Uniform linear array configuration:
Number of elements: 8
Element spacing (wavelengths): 1
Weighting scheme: blackman
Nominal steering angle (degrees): -60
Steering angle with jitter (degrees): -59.619
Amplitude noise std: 0.05
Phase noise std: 0.05

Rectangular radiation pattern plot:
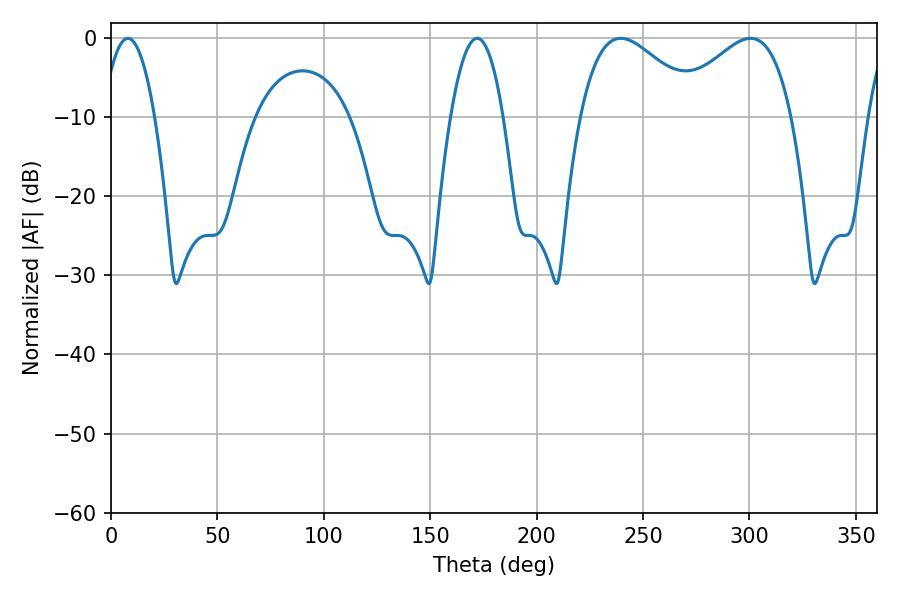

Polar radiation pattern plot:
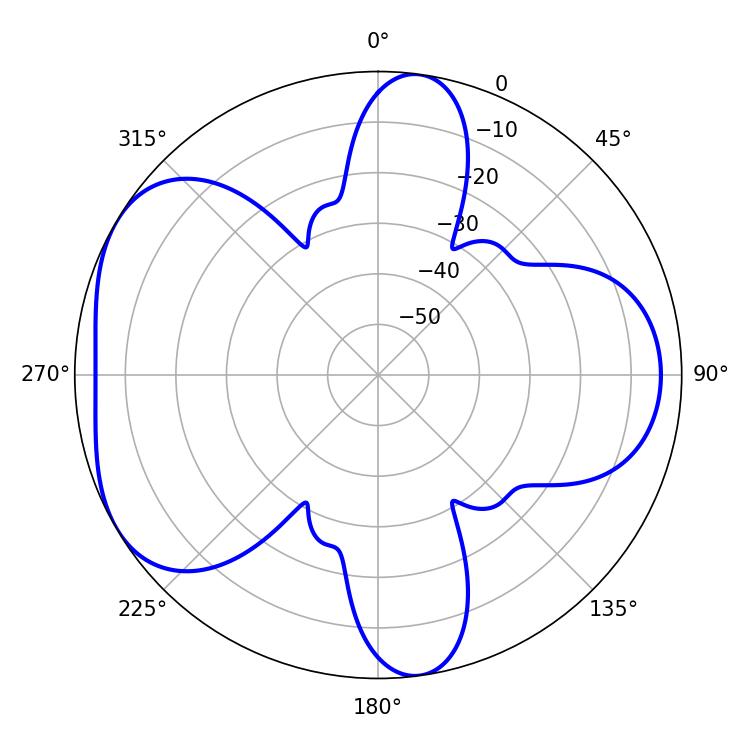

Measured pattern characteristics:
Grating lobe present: TRUE
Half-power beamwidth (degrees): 13.5
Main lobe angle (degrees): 7.92